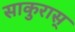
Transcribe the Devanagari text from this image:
साकुरास्